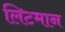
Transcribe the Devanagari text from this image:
लिटमान